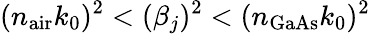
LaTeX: (n_{\mathrm{air}}k_{0})^{2}<(\beta_{j})^{2}<(n_{\mathrm{GaAs}}k_{0})^{2}